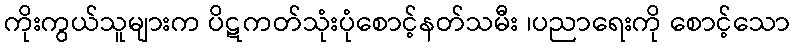
ကိုးကွယ်သူများက ပိဋကတ်သုံးပုံစောင့်နတ်သမီး ၊ပညာရေးကို စောင့်သော